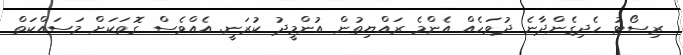
ރިސޯޓު ހެދިގެންދާނެ ދުވަހެއް އެންމެ ރައްޔިތުން އުންމީދު ކުރަނީ. އެއްވެސް ގޮތަކަށް މަސައްކަތް